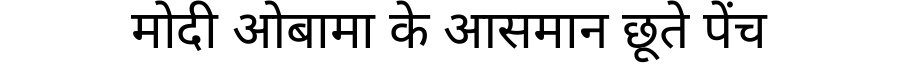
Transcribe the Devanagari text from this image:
मोदी ओबामा के आसमान छूते पेंच